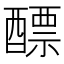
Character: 醥